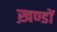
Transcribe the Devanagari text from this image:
ख़ण्डों